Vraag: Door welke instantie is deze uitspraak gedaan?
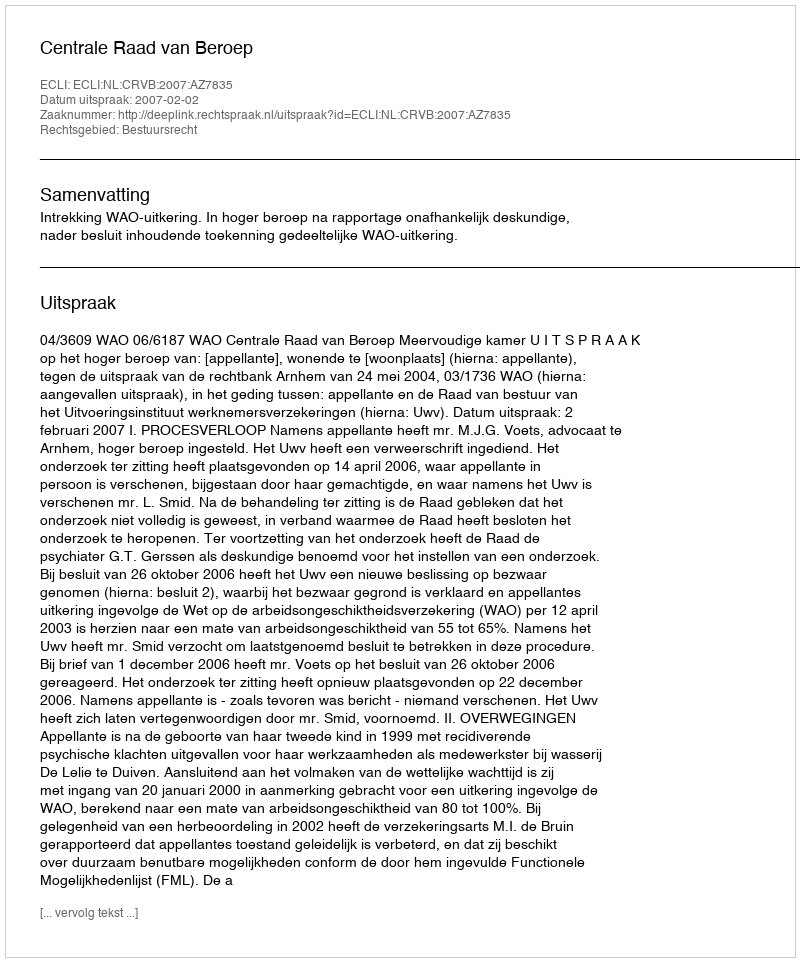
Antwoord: Centrale Raad van Beroep